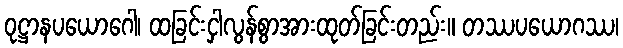
ဝုဋ္ဌာနပယောဂေါ၊ ထခြင်းငှါလွန်စွာအားထုတ်ခြင်းတည်း။ တဿပယောဂဿ၊